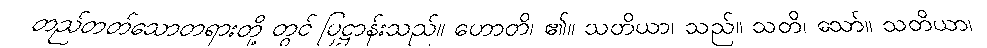
တည်တတ်သောတရားတို့ တွင် ပြဋ္ဌာန်းသည်။ ဟောတိ၊ ၏။ သတိယာ၊ သည်။ သတိ၊ သော်။ သတိယာ၊